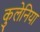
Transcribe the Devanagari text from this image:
कुलेनिया